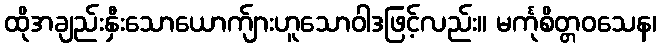
ထိုအချည်းနှီးသောယောက်ျားဟူသောဝါဒဖြင့်လည်း။ မင်္ကုစိတ္တဝသေန၊